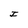
Character: I